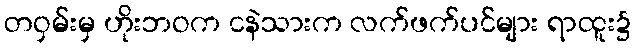
တဝှမ်းမှ ဟိုးဘဝက ငနဲသားက လက်ဖက်ပင်များ ရာထူး၌